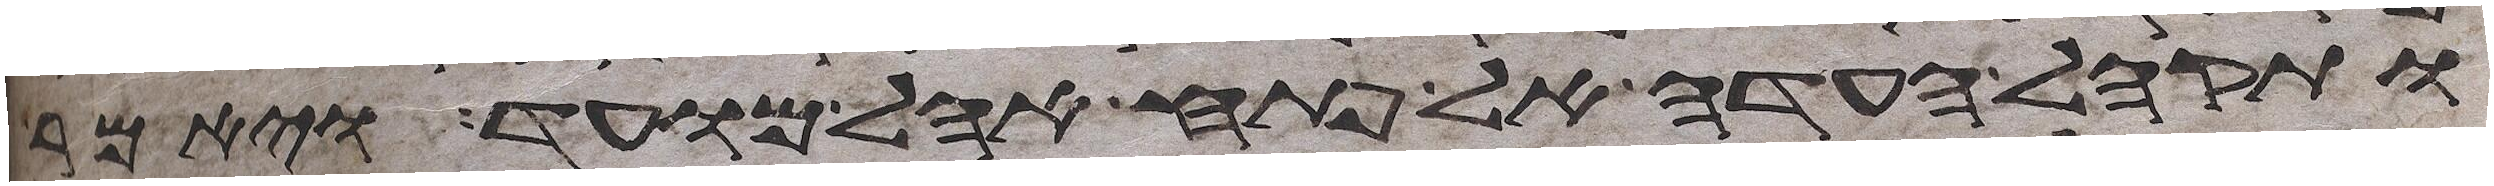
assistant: ותקהל העדה אל פתח אהל מועד ויאמר